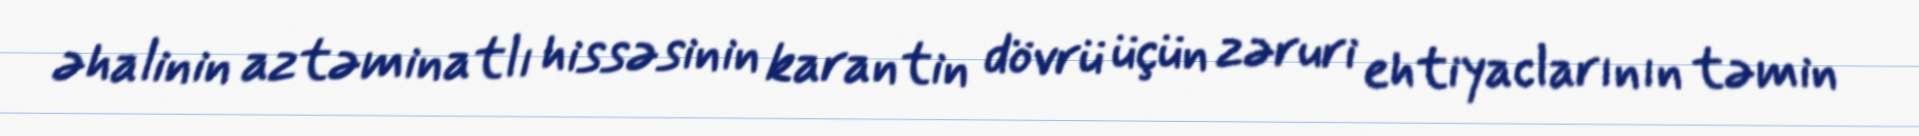
əhalinin aztəminatlı hissəsinin karantin dövrü üçün zəruri ehtiyaclarının təmin